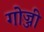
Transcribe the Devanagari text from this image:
गोज्जी